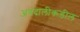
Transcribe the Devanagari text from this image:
अबदालीकडील